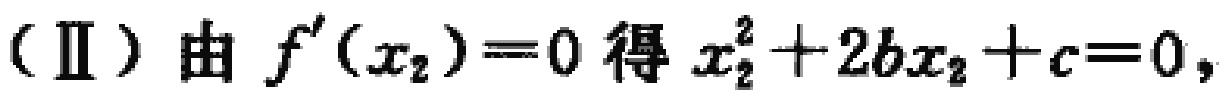
（Ⅱ）由 \(f^{\prime}(x_{2}) = 0\) 得 \(x_{2}^{2}+2bx_{2}+c = 0\)，